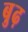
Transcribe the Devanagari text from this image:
बु़ढ़